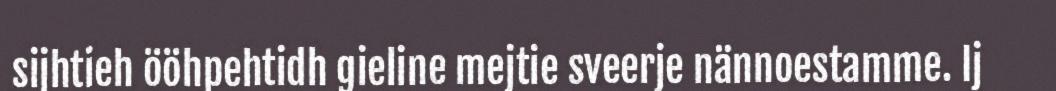
sijhtieh ööhpehtidh gieline mejtie sveerje nännoestamme. Ij